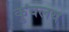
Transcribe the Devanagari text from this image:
कुवलय